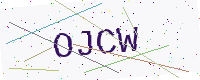
Text: OJCW